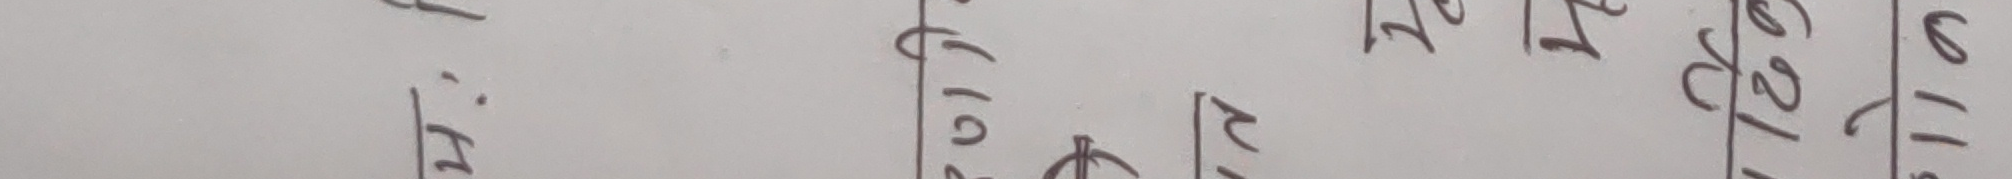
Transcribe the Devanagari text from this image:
भा: १६ १० १२ १२ १७ ९ १२ १५